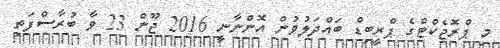
މި ޕްރޮޖެކްޓްގެ ޕްރީބިޑް ބައްދަލުވުން އޮންނާނީ 2016 ޖޫން 23 ވާ ބުރާސްފަތި